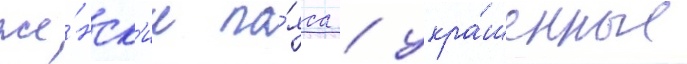
же́нск'ие по́яса / укра́шенные